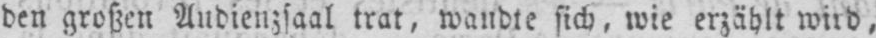
den großen Audienzsaal trat, wandte sich, wie erzählt wird,